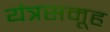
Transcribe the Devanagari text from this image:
यंत्रसमूह